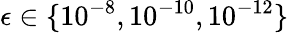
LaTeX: \epsilon\in\{ 10^{-8},10^{-10},10^{-12}\}